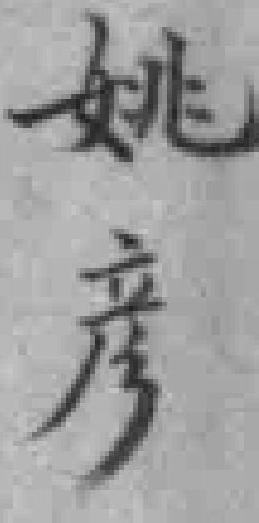
姚彦